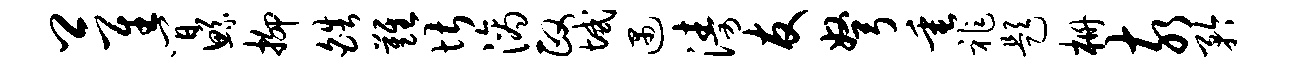
卿隹间鲧抑皓难堪滴政域遇涛友弩垂祚题栅亥矜